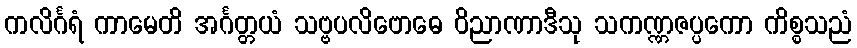
ကလိင်္ဂရံ ကာမေတိ အင်္ဂတ္တယံ သဗ္ဗပလိဗောဓေ ဝိညာဏာဒီသု သကဏ္ဏဇပ္ပကော ကိစ္စသညံ